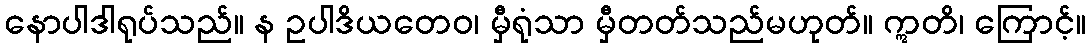
နောပါဒါရုပ်သည်။ န ဥပါဒိယတေဝ၊ မှီရုံသာ မှီတတ်သည်မဟုတ်။ ဣတိ၊ ကြောင့်။